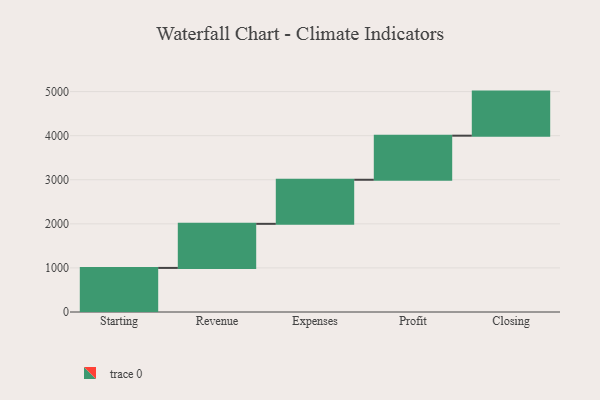
{"axis": {"x": "Step", "y": "Value"}, "legend": [""], "data": [{"x": "Starting", "y": 1000, "type": ""}, {"x": "Revenue", "y": 1000, "type": ""}, {"x": "Expenses", "y": 1000, "type": ""}, {"x": "Profit", "y": 1000, "type": ""}, {"x": "Closing", "y": 1000, "type": ""}]}